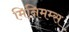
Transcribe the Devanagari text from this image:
मिनिमम्स